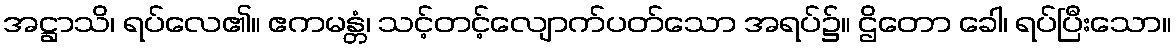
အဋ္ဌာသိ၊ ရပ်လေ၏။ ဧကမန္တံ၊ သင့်တင့်လျောက်ပတ်သော အရပ်၌။ ဌိတော ခေါ၊ ရပ်ပြီးသော။